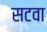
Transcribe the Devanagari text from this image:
सटवा